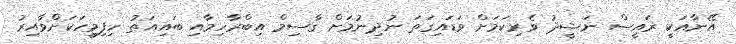
އޭނާއަކީ ރައީސް ނަޝީދު ވެރިކަމަށް ވަޑައިގަތަ ނުދިނުމަށް ގާސިމް އިބްރާހިމާއި ބައިއަތު ހިފިމީހަކަށްވާއިރު